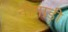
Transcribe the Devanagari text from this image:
नीमाड़ी